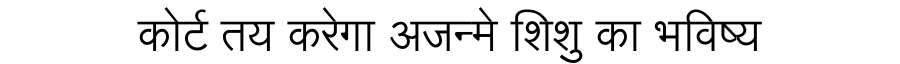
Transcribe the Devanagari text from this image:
कोर्ट तय करेगा अजन्मे शिशु का भविष्य